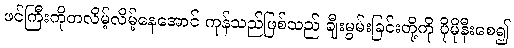
ဖင်ကြီးကိုတလိမ့်လိမ့်နေအောင် ကုန်သည်ဖြစ်သည် ချီးမွမ်းခြင်းတို့ကို ပိုမိုနီးစေ၍